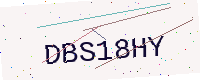
Text: DBS18HY